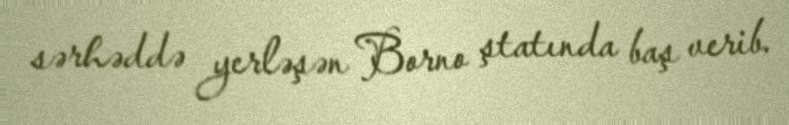
sərhəddə yerləşən Borno ştatında baş verib.